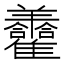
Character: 𦏮